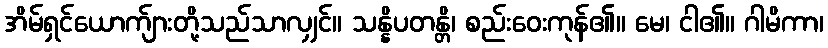
အိမ်ရှင်ယောက်ျားတို့သည်သာလျှင်။ သန္နိပတန္တိ၊ စည်းဝေးကုန်၏။ မေ၊ ငါ၏။ ဂါမိကာ၊